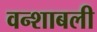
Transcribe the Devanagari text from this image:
वन्शाबली